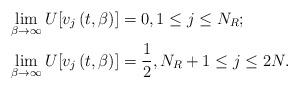
LaTeX: \begin{align*} & \lim_{\beta\rightarrow\infty}U[v_{j}\left(t,\beta\right) ]=0,1\leq j\leq N_{R};\\ & \lim_{\beta\rightarrow\infty}U[v_{j}\left(t,\beta\right) ]=\frac{1}{2},N_{R}+1\leq j\leq2N.\end{align*}